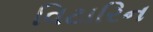
વિટારિન